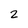
Character: 2